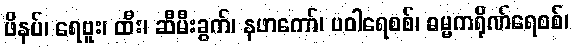
ဖိနပ်၊ ရေဗူး၊ ထီး၊ ဆီမီးခွက်၊ နဖာကော်၊ ပဝါရေစစ်၊ ဓမ္မကရိုဏ်ရေစစ်၊